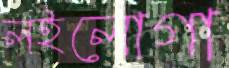
লইলোগা